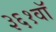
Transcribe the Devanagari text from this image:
३६१वॉ